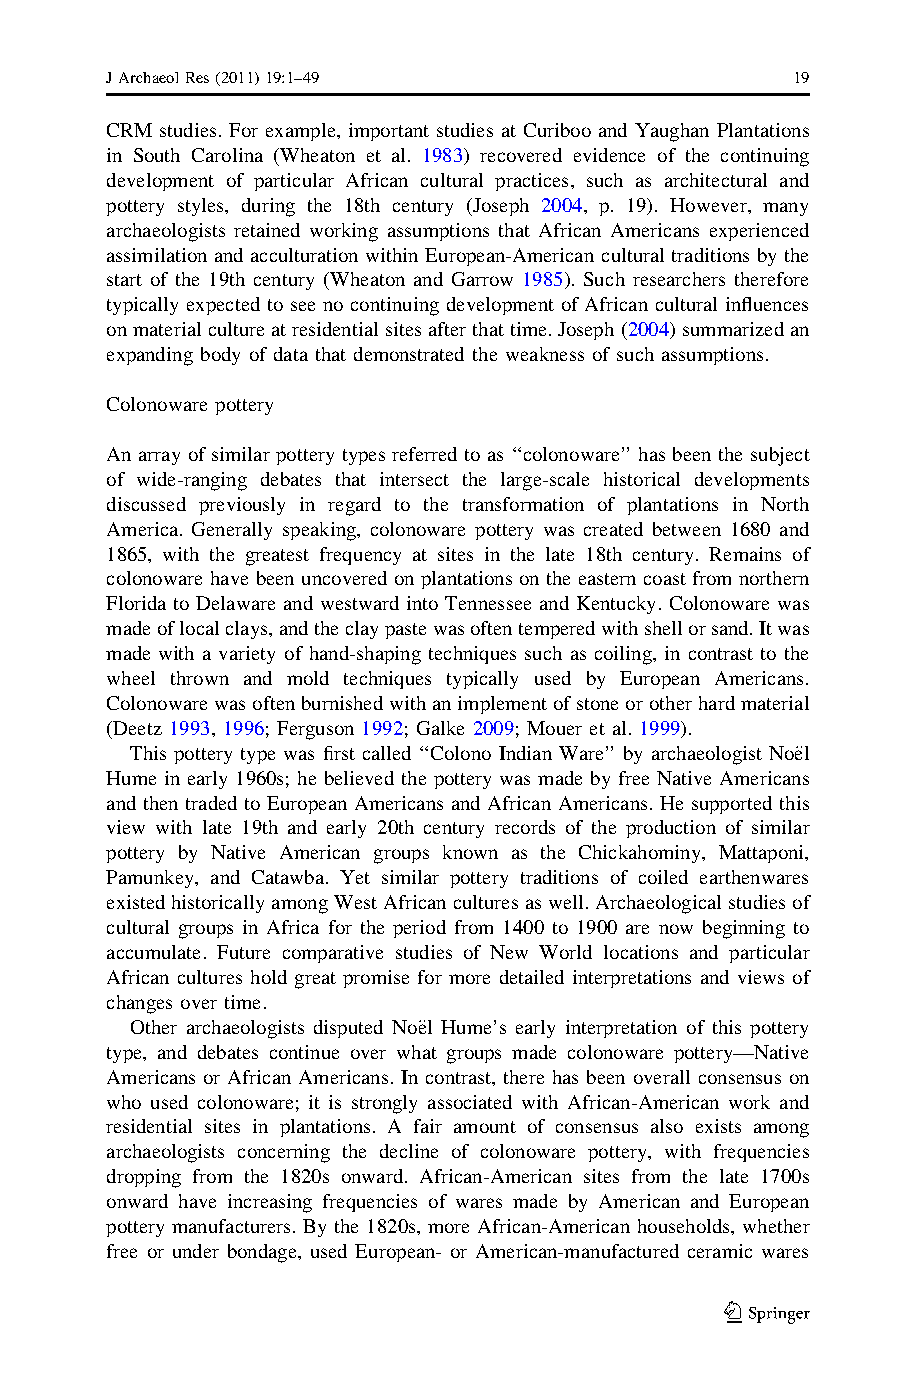
JArchaeolRes(2011)19:1–49                    19
 CRM studies. For example, important studies at Curiboo and Yaughan Plantations
 in South Carolina (Wheaton et al. 1983) recovered evidence of the continuing
 development of particular African cultural practices, such as architectural and
 pottery styles, during the 18th century (Joseph 2004, p. 19). However, many
 archaeologists retained working assumptions that African Americans experienced
 assimilation and acculturation within European-American cultural traditions by the
 start of the 19th century (Wheaton and Garrow 1985). Such researchers therefore
 typically expected to see no continuing development of African cultural influences
 onmaterialcultureatresidentialsitesafterthattime.Joseph(2004)summarizedan
 expanding body of data that demonstrated the weakness of such assumptions.
 Colonoware pottery
 An array of similar pottery types referred to as ‘‘colonoware’’ has been the subject
 of wide-ranging debates that intersect the large-scale historical developments
 discussed previously in regard to the transformation of plantations in North
 America. Generally speaking, colonoware pottery was created between 1680 and
 1865, with the greatest frequency at sites in the late 18th century. Remains of
 colonoware have been uncoveredon plantationsonthe eastern coast fromnorthern
 Florida to Delaware and westward into Tennessee and Kentucky. Colonoware was
 madeoflocalclays,andtheclaypastewasoftentemperedwithshellorsand.Itwas
 made with a variety of hand-shaping techniques such as coiling, in contrast to the
 wheel thrown and mold techniques typically used by European Americans.
 Colonowarewasoftenburnishedwithanimplementofstoneorotherhardmaterial
 (Deetz 1993, 1996; Ferguson 1992; Galke 2009; Mouer et al. 1999).
 This pottery type was first called ‘‘Colono Indian Ware’’ by archaeologist Noe¨l
 Hume in early 1960s; he believed the pottery was made by free Native Americans
 and then traded to European Americans and African Americans. He supported this
 view with late 19th and early 20th century records of the production of similar
 pottery by Native American groups known as the Chickahominy, Mattaponi,
 Pamunkey, and Catawba. Yet similar pottery traditions of coiled earthenwares
 existedhistoricallyamongWestAfricanculturesaswell.Archaeologicalstudiesof
 cultural groups in Africa for the period from 1400 to 1900 are now beginning to
 accumulate. Future comparative studies of New World locations and particular
 African cultures hold great promise for more detailed interpretations and views of
 changes over time.
 Other archaeologists disputed Noe¨l Hume’s early interpretation of this pottery
 type, and debates continue over what groups made colonoware pottery—Native
 Americans or African Americans. In contrast, there has been overall consensus on
 who used colonoware; it is strongly associated with African-American work and
 residential sites in plantations. A fair amount of consensus also exists among
 archaeologists concerning the decline of colonoware pottery, with frequencies
 dropping from the 1820s onward. African-American sites from the late 1700s
 onward have increasing frequencies of wares made by American and European
 pottery manufacturers. By the 1820s, more African-American households, whether
 free or under bondage, used European- or American-manufactured ceramic wares
 123